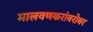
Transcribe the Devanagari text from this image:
मालवणकरांबरोबर